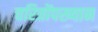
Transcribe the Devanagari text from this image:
चरित्रोंपख्यान